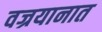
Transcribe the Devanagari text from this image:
वज्रयानात